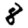
Digit: 8